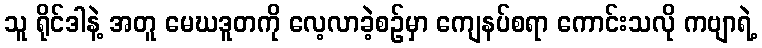
သူ ရိုင်ဒါနဲ့ အတူ မေဃဒူတကို လေ့လာခဲ့စဉ်မှာ ကျေနပ်စရာ ကောင်းသလို ကဗျာရဲ့